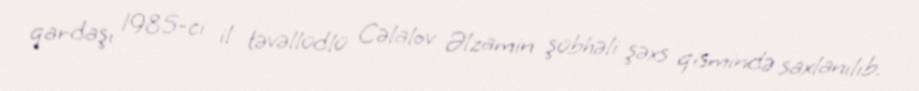
qardaşı 1985-ci il təvəllüdlü Cəlalov Əlzamin şübhəli şəxs qismində saxlanılıb.